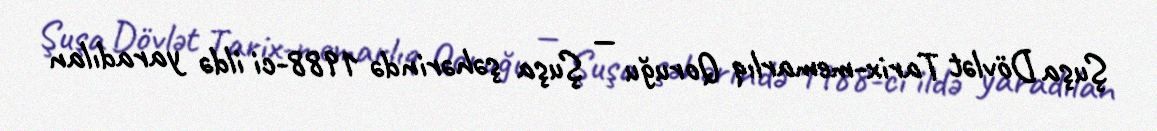
Şuşa Dövlət Tarix-memarlıq Qoruğu — Şuşa şəhərində 1988-ci ildə yaradılan